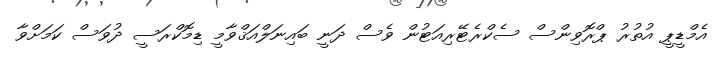
އެމްޑީޕީ އުތުރު ޕްރޮވިންސް ސެކްރެޓޭރިއަޓުން ވެސް ދަނީ ބައިނަލްއަޤްވާމީ ޑިމޮކްރަސީ ދުވަސް ކަމަށްވާ